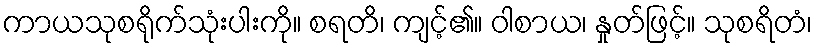
ကာယသုစရိုက်သုံးပါးကို။ စရတိ၊ ကျင့်၏။ ဝါစာယ၊ နှုတ်ဖြင့်။ သုစရိတံ၊